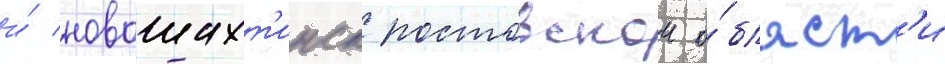
и́ новошахт'инск ростовскои о́бласт'и